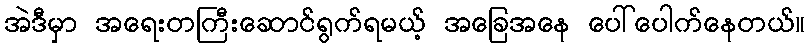
အဲဒီမှာ အရေးတကြီးဆောင်ရွက်ရမယ့် အခြေအနေ ပေါ်ပေါက်နေတယ်။